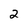
Character: 2